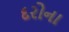
દરોના